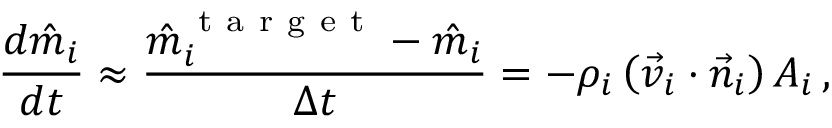
\frac { d \hat { m } _ { i } } { d t } \approx \frac { \hat { m } _ { i } ^ { \mathrm { ~ t ~ a ~ r ~ g ~ e ~ t ~ } } - \hat { m } _ { i } } { \Delta t } = - \rho _ { i } \left( \vec { v } _ { i } \cdot \vec { n } _ { i } \right) A _ { i } \, ,